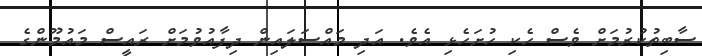
ސާބިތުކުރުމަށް ވެސް ހެކި ހުށަހެޅި އެވެ. އަދި މައްސަލައިން ދިފާއުވުމަށް ރައީސް މައުމޫންގެ